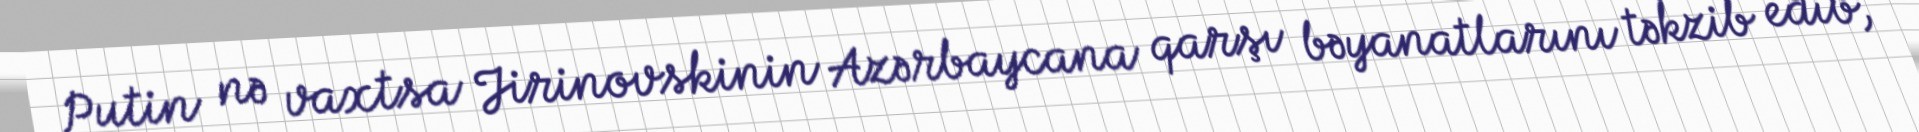
Putin nə vaxtsa Jirinovskinin Azərbaycana qarşı bəyanatlarını təkzib edib,